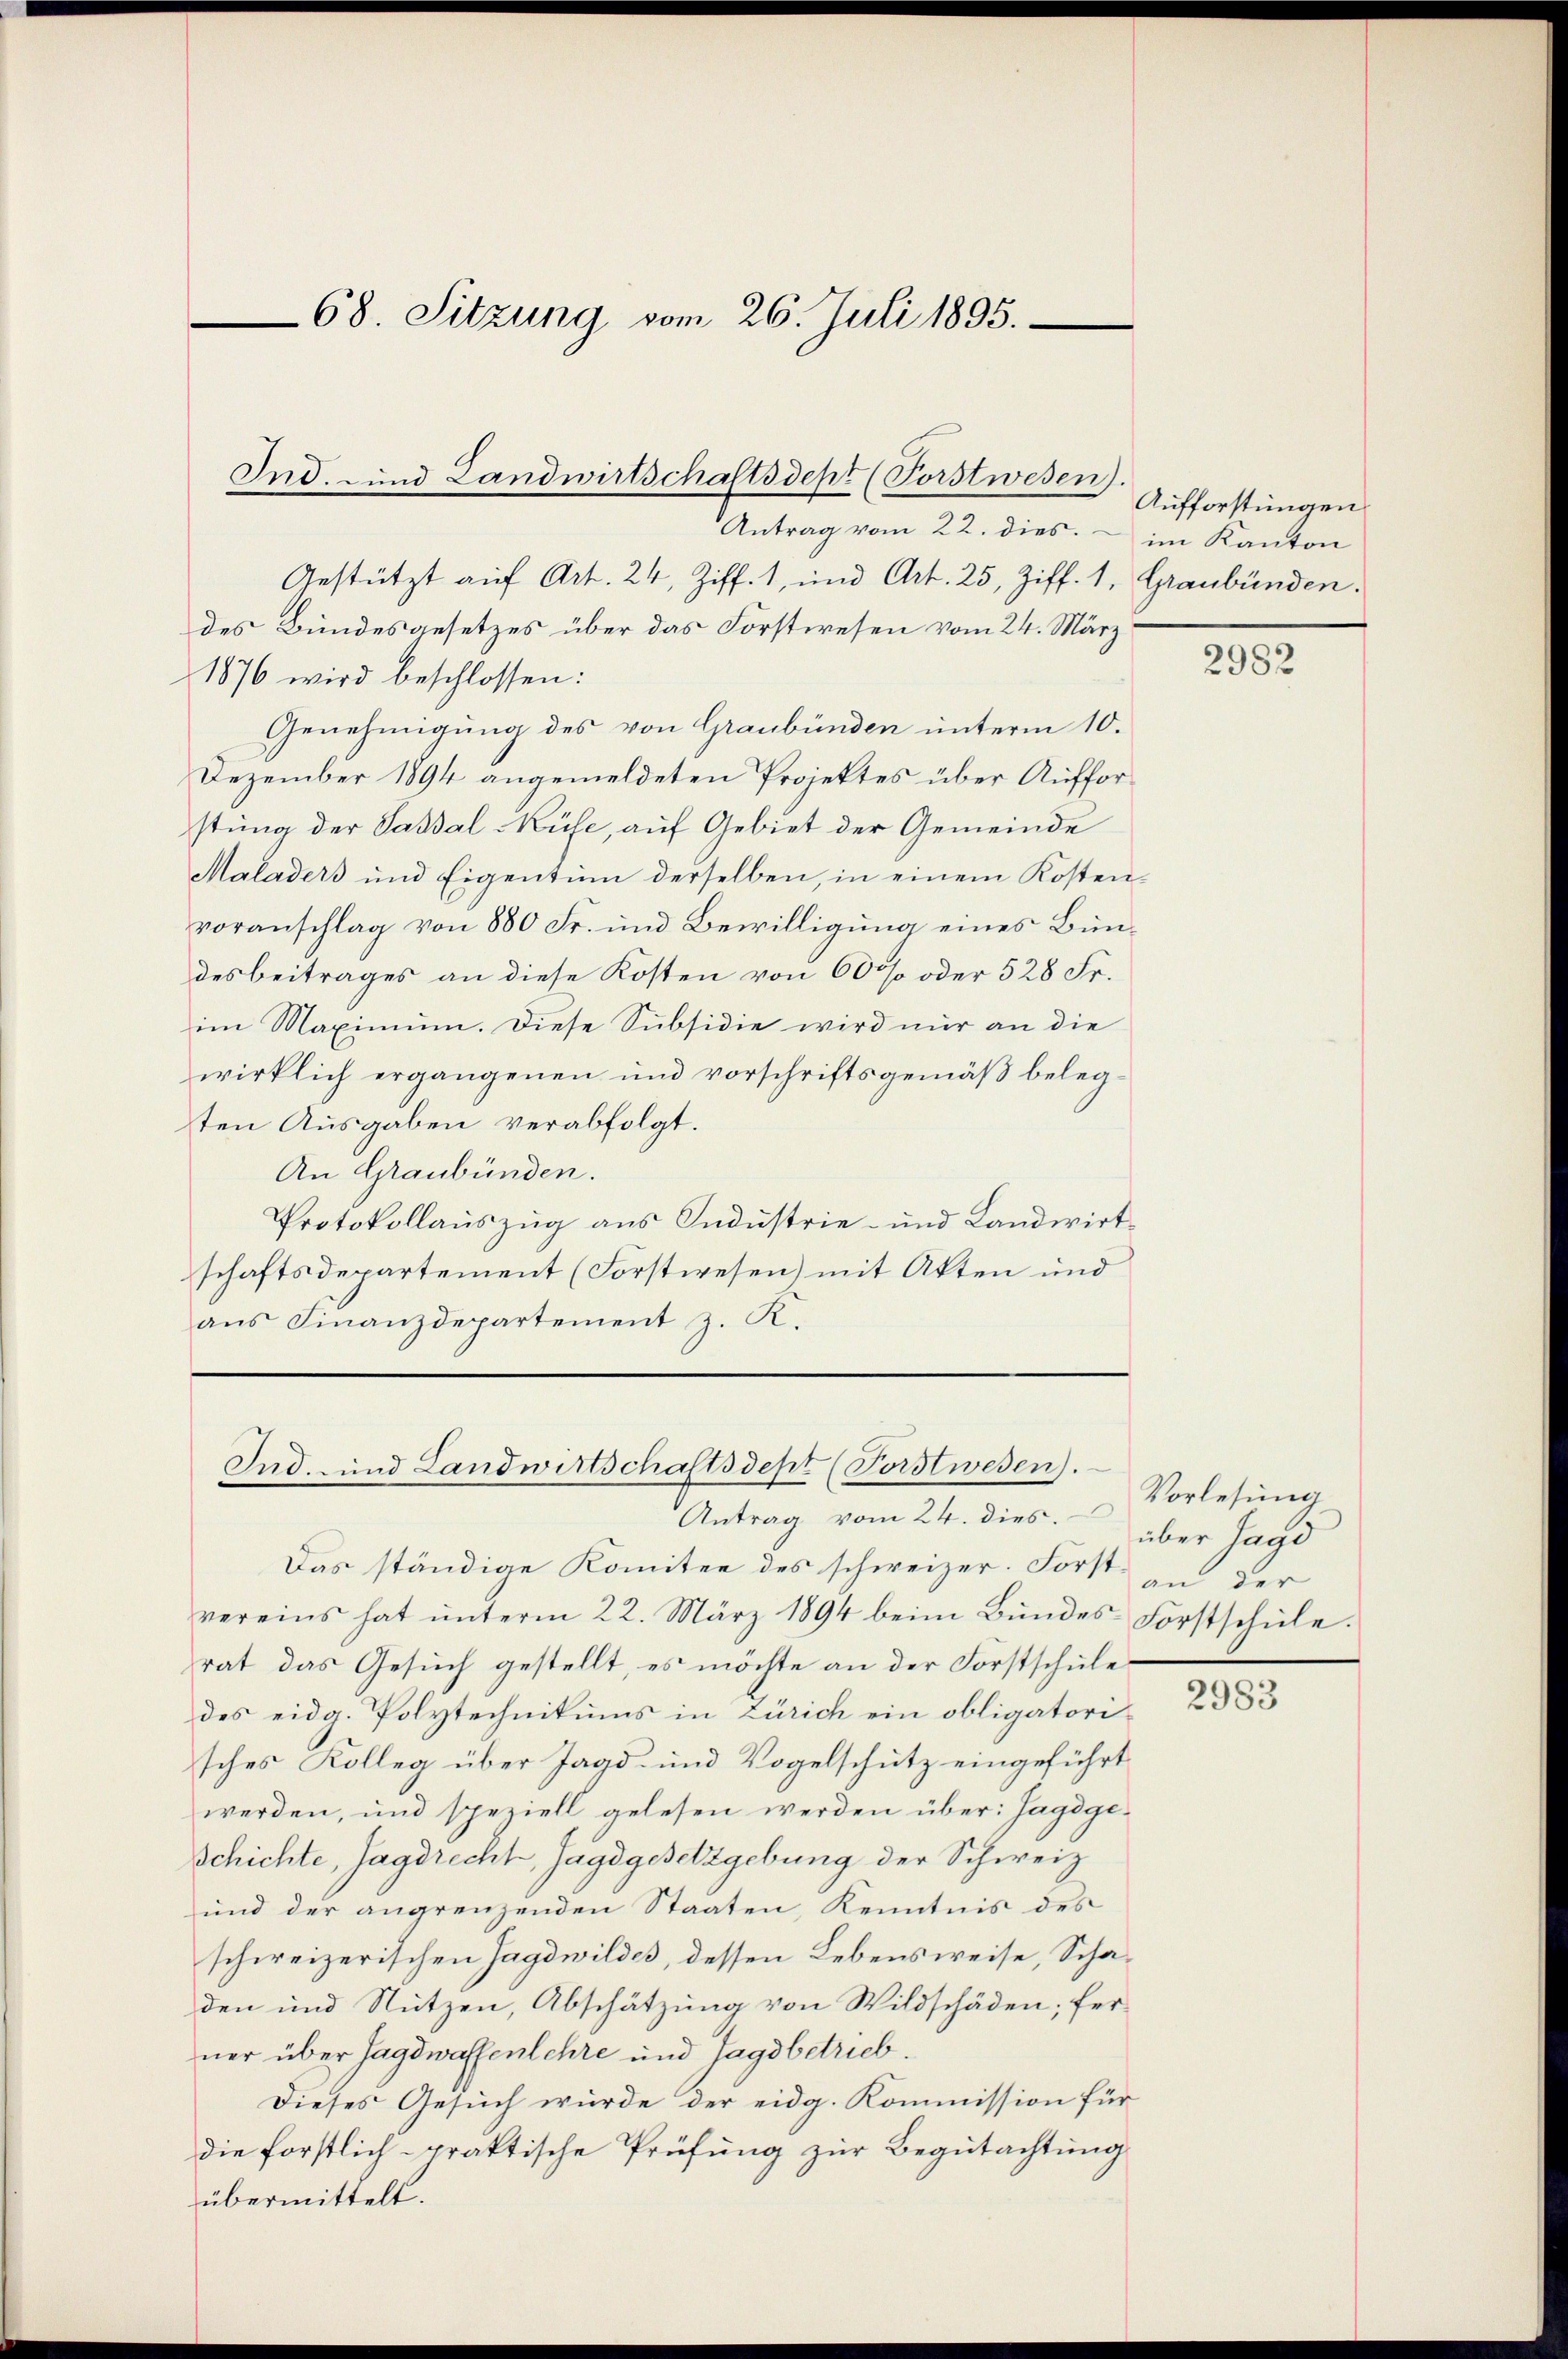
Gestützt auf Art. 24, Ziff. 1, und Art. 25, Ziff. 1, Graubünden
des Bundesgesetzes über das Forstwesen vom 24. März
1876 wird beschlossen:
Genehmigung des von Graubünden unterm 10.
Dezember 1894 angemeldeten Projektes über Aufforstung der Sassal-Küfe, auf Gebiet der Gemeinde
Maladers und Eigentum derselben, in einem Kosten-
voranschlag von 880 Fr. und Bewilligung eines Bündesbeitrages an diese Kosten von 60% oder 528 Fr.
im Maximum. Diese Subsidie wird nur an die
wirklich ergangenen und vorschriftsgemäß belegten Ausgaben verabfolgt.
An Graubünden.
Protokollauszug aus Industrie- und Landwirtschaftsdepartement (Forstwesen) mit Akten und
ans Finanzdepartement z. R.

68. Sitzung vom 26. Juli 1895.

Ind. und Landwirtschaftsdept (Forstwesen).
Antrag vom 22. dies  im Kanton

Ind- und Landwirtschaftsdept (Forstwesen).
Antrag vom 24. dies

Das ständige Komitee des schweizer. Forst an der
vereins hat ŭnterm 22. März 1894 beim Bŭndes-Forstschŭle.
rat das Gesuch gestellt, es möchte an der Forstschule
des eidg. Polytechnikums in Zürich ein obligatorisches Kolleg über Jagd- und Vogelschütz eingeführt
werden, und speziell gelesen werden über: Jagdge¬
Schichte, Jagdrecht, Jagdgesetzgebung der Schweiz
und der angrenzenden Staaten, Kenntnis des
schweizerischen Jagdwildes, dessen Lebensweise, Schaden und Nutzen, Abschätzung von Wildschäden; ferner über Jagdwaffenlehre und Tagsbetrieb.
Dieses Gesuch würde der eidg. Kommission für
die forstlich praktische Prüfung zur Begutachtung
übermittelt.

Aufforstungen

2982

Vorlesung
über Jagd

2983